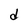
Character: d